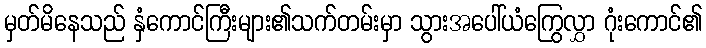
မှတ်မိနေသည် နှံကောင်ကြီးများ၏သက်တမ်းမှာ သွားအပေါ်ယံကြွေလွှာ ဂုံးကောင်၏